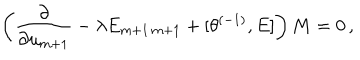
LaTeX: \left( \frac { \partial } { \partial u _ { m + 1 } } - \lambda E _ { m + 1 \, m + 1 } + \lbrack \theta ^ { ( - 1 ) } , E \rbrack \right) M = 0 \, ,